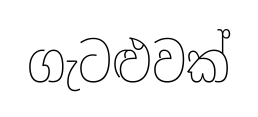
ගැටළුවක්